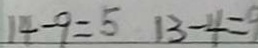
1 4 - 9 = 5 1 3 - 4 = 9